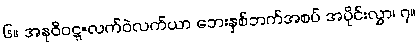
၆။ အနုဝိဝဋ္ဋ=လက်ဝဲလက်ယာ ဘေးနှစ်ဘက်အစပ် အပိုင်းလွှာ၊ ၇။